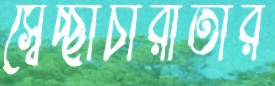
স্বেচ্ছাচারীতার